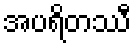
အပရိတဿီ